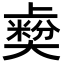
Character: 𡚋